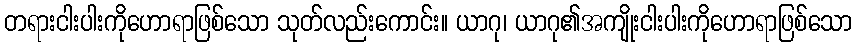
တရားငါးပါးကိုဟောရာဖြစ်သော သုတ်လည်းကောင်း။ ယာဂု၊ ယာဂု၏အကျိုးငါးပါးကိုဟောရာဖြစ်သော